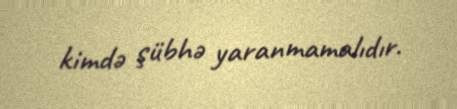
kimdə şübhə yaranmamalıdır.